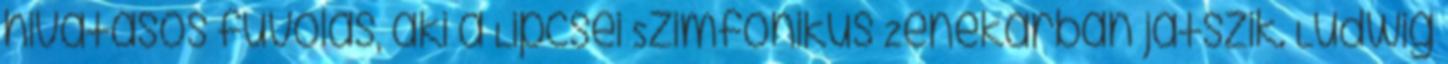
hivatásos fuvolás, aki a Lipcsei Szimfonikus Zenekarban játszik. Ludwig